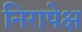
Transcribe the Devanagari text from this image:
निरापेक्ष